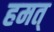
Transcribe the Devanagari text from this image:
हमत्